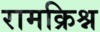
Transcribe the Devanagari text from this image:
रामक्रिश्न